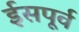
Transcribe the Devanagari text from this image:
ईसपूर्व